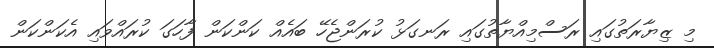
މި ޒިޔާރަތުގައި ރަސްމިއްޔާތުގައި ރަނގަޅު ކުރަންޖެހޭ ބައެއް ކަންކަން ފާހަގަ ކުރައްވައި އެކަންކަން